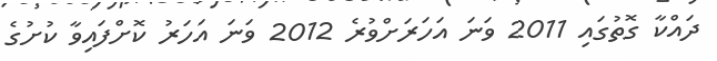
ދައްކާ ގޮތުގައި 2011 ވަނަ އަހަރަށްވުރެ 2012 ވަނަ އަހަރު ކޮށްފައިވާ ކުށުގެ